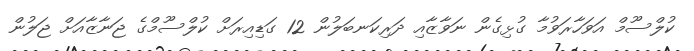
ކުލްސޫމް އަވަހާރަވުމާ ގުޅިގެން ނަވާޒާއި ދަރިކަނބަލުން 12 ގަޑިއިރަށް ކުލްސޫމްގެ ޖަނާޒާއަށް ޖަލުން